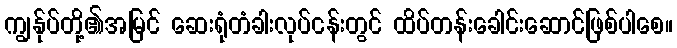
ကျွန်ုပ်တို့၏အမြင် ဆေးရုံတံခါးလုပ်ငန်းတွင် ထိပ်တန်းခေါင်းဆောင်ဖြစ်ပါစေ။